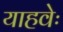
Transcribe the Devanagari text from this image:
याहवेः